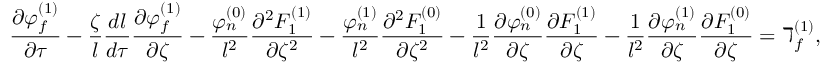
\frac { \partial \varphi _ { f } ^ { ( 1 ) } } { \partial \tau } - \frac { \zeta } { l } \frac { d l } { d \tau } \frac { \partial \varphi _ { f } ^ { ( 1 ) } } { \partial \zeta } - \frac { \varphi _ { n } ^ { ( 0 ) } } { l ^ { 2 } } \frac { \partial ^ { 2 } F _ { 1 } ^ { ( 1 ) } } { \partial \zeta ^ { 2 } } - \frac { \varphi _ { n } ^ { ( 1 ) } } { l ^ { 2 } } \frac { \partial ^ { 2 } F _ { 1 } ^ { ( 0 ) } } { \partial \zeta ^ { 2 } } - \frac { 1 } { l ^ { 2 } } \frac { \partial \varphi _ { n } ^ { ( 0 ) } } { \partial \zeta } \frac { \partial F _ { 1 } ^ { ( 1 ) } } { \partial \zeta } - \frac { 1 } { l ^ { 2 } } \frac { \partial \varphi _ { n } ^ { ( 1 ) } } { \partial \zeta } \frac { \partial F _ { 1 } ^ { ( 0 ) } } { \partial \zeta } = \daleth _ { f } ^ { ( 1 ) } ,